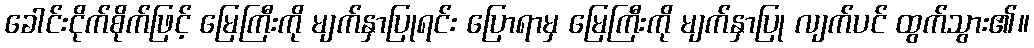
ခေါင်းငိုက်စိုက်ဖြင့် မြေကြီးကို မျက်နှာပြုရင်း ပြောရာမှ မြေကြီးကို မျက်နှာပြု လျက်ပင် ထွက်သွား၏။